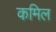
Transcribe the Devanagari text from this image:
कमिल